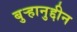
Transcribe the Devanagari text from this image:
बुऱ्हानुद्दीन